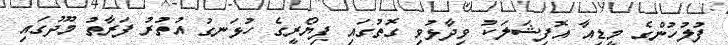
ފުލުހުންގެ މީޑިއާ އޮފިޝަލަކު ވިދާޅުވި ގޮތުގައި ފިޔޯރީގެ ހުޅަނގު އުތުރު ފަރާތު މޫދުގައި